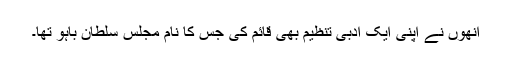
انھوں نے اپنی ایک ادبی تنظیم بھی قائم کی جس کا نام مجلس سلطان باہو تھا۔